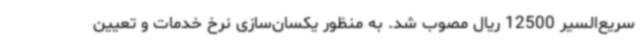
سریع‌السیر 12500 ریال مصوب شد. به منظور یکسان‌سازی نرخ خدمات و تعیین